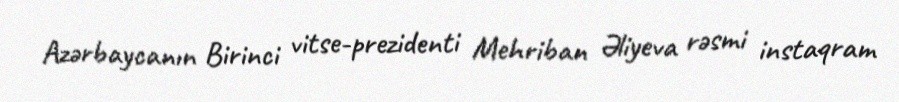
Azərbaycanın Birinci vitse-prezidenti Mehriban Əliyeva rəsmi instaqram